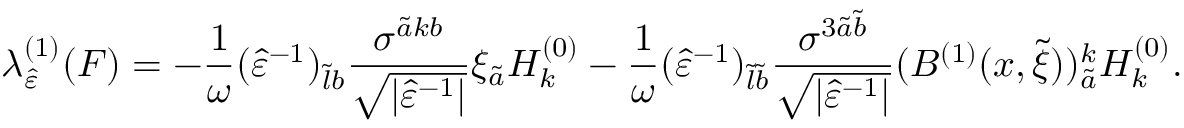
\lambda _ { \hat { \varepsilon } } ^ { ( 1 ) } ( F ) = - \frac { 1 } { \omega } ( \hat { \varepsilon } ^ { - 1 } ) _ { \tilde { l } b } \frac { \sigma ^ { \tilde { a } k b } } { \sqrt { \lvert \hat { \varepsilon } ^ { - 1 } \rvert } } \xi _ { \tilde { a } } H _ { k } ^ { ( 0 ) } - \frac { 1 } { \omega } ( \hat { \varepsilon } ^ { - 1 } ) _ { \tilde { l } \tilde { b } } \frac { \sigma ^ { 3 \tilde { a } \tilde { b } } } { \sqrt { \lvert \hat { \varepsilon } ^ { - 1 } \rvert } } ( B ^ { ( 1 ) } ( x , \tilde { \xi } ) ) _ { \tilde { a } } ^ { k } H _ { k } ^ { ( 0 ) } .